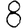
Digit: 8